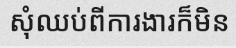
សុំឈប់ពីការងារក៏មិន